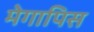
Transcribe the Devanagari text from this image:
मेगापिस